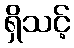
ရှိသင့်